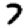
Digit: 7